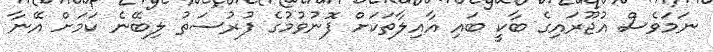
ނަމަވެސް އުޖޫރައިގެ ބާކީ ބައި އާއިލާތަކަށް ފޮނުވުމުގެ ފުރުސަތު ލިބޭނެ ކަމަށް އޭނާ